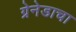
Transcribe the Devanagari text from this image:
ग्रेनेडाचा